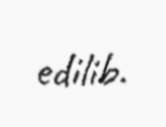
edilib.